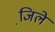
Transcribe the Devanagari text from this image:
जि़ले